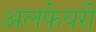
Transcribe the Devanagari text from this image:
अलफेयरी